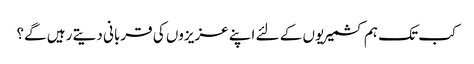
کب تک ہم کشمیریوں کے لئے اپنے عزیزوں کی قربانی دیتے رہیں گے؟